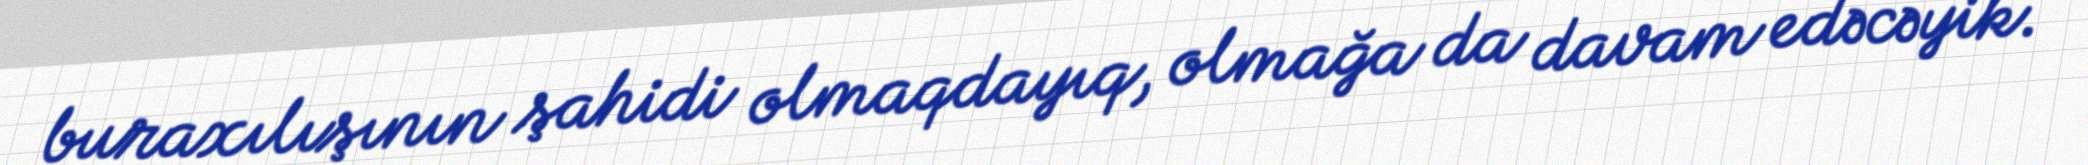
buraxılışının şahidi olmaqdayıq, olmağa da davam edəcəyik.